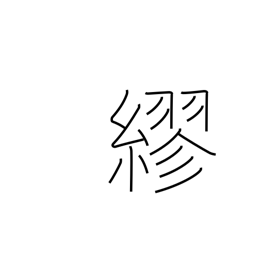
Meaning: wrap around